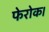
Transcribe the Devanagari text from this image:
फेरोक।